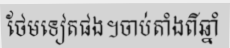
ថែមទៀតផង។ចាប់តាំងពីឆ្នាំ